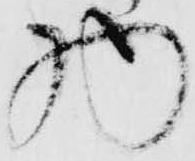
物